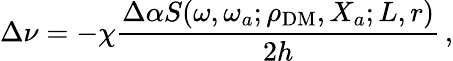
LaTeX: \Delta\nu=-\chi\frac{\Delta\alpha S(\omega,\omega_{a};\rho_{\mathrm{DM}},X_{a};L,r)}{2h}\, ,